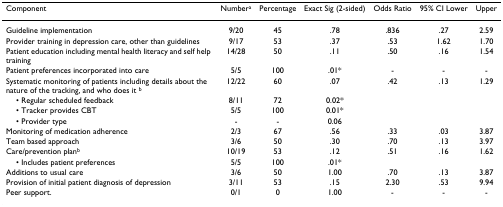
<table><thead><tr><td><b>Component</b></td><td><b>Number<sup>a</sup></b></td><td><b>Percentage</b></td><td><b>Exact Sig (2-sided)</b></td><td><b>Odds Ratio</b></td><td><b>95% CI Lower</b></td><td><b>Upper</b></td></tr></thead><tbody><tr><td>Guideline implementation</td><td>9/20</td><td>45</td><td>.78</td><td>.836</td><td>.27</td><td>2.59</td></tr><tr><td>Provider training in depression care, other than guidelines</td><td>9/17</td><td>53</td><td>.37</td><td>.53</td><td>1.62</td><td>1.70</td></tr><tr><td>Patient education including mental health literacy and self help training</td><td>14/28</td><td>50</td><td>.11</td><td>.50</td><td>.16</td><td>1.54</td></tr><tr><td>Patient preferences incorporated into care</td><td>5/5</td><td>100</td><td>.01*</td><td>-</td><td>-</td><td>-</td></tr><tr><td>Systematic monitoring of patients including details about the nature of the tracking, and who does it <sup>b</sup></td><td>12/22</td><td>60</td><td>.07</td><td>.42</td><td>.13</td><td>1.29</td></tr><tr><td> • Regular scheduled feedback</td><td>8/11</td><td>72</td><td>0.02*</td><td></td><td></td><td></td></tr><tr><td> • Tracker provides CBT</td><td>5/5</td><td>100</td><td>0.01*</td><td></td><td></td><td></td></tr><tr><td> • Provider type</td><td>-</td><td>-</td><td>0.06</td><td></td><td></td><td></td></tr><tr><td>Monitoring of medication adherence</td><td>2/3</td><td>67</td><td>.56</td><td>.33</td><td>.03</td><td>3.87</td></tr><tr><td>Team based approach</td><td>3/6</td><td>50</td><td>.30</td><td>.70</td><td>.13</td><td>3.97</td></tr><tr><td>Care/prevention plan<sup>b</sup></td><td>10/19</td><td>53</td><td>.12</td><td>.51</td><td>.16</td><td>1.62</td></tr><tr><td> • Includes patient preferences</td><td>5/5</td><td>100</td><td>.01*</td><td></td><td></td><td></td></tr><tr><td>Additions to usual care</td><td>3/6</td><td>50</td><td>1.00</td><td>.70</td><td>.13</td><td>3.87</td></tr><tr><td>Provision of initial patient diagnosis of depression</td><td>3/11</td><td>53</td><td>.15</td><td>2.30</td><td>.53</td><td>9.94</td></tr><tr><td>Peer support.</td><td>0/1</td><td>0</td><td>1.00</td><td>-</td><td>-</td><td>-</td></tr></tbody></table>